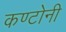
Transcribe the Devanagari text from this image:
कण्टोनी